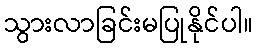
သွားလာခြင်းမပြုနိုင်ပါ။